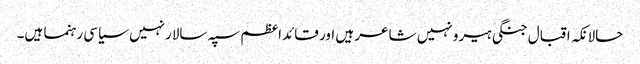
حالانکہ اقبال جنگی ہیرو نہیں شاعر ہیں اور قائداعظم سپہ سالارنہیں سیاسی رہنما ہیں۔